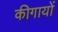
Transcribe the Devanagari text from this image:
कीगायों